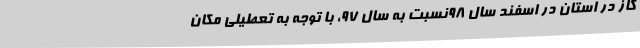
گاز در استان در اسفند سال 98نسبت به سال 97، با توجه به تعطیلی مکان